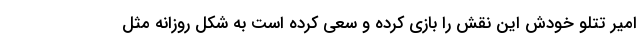
امیر تتلو خودش این نقش را بازی کرده و سعی کرده است به شکل روزانه مثل